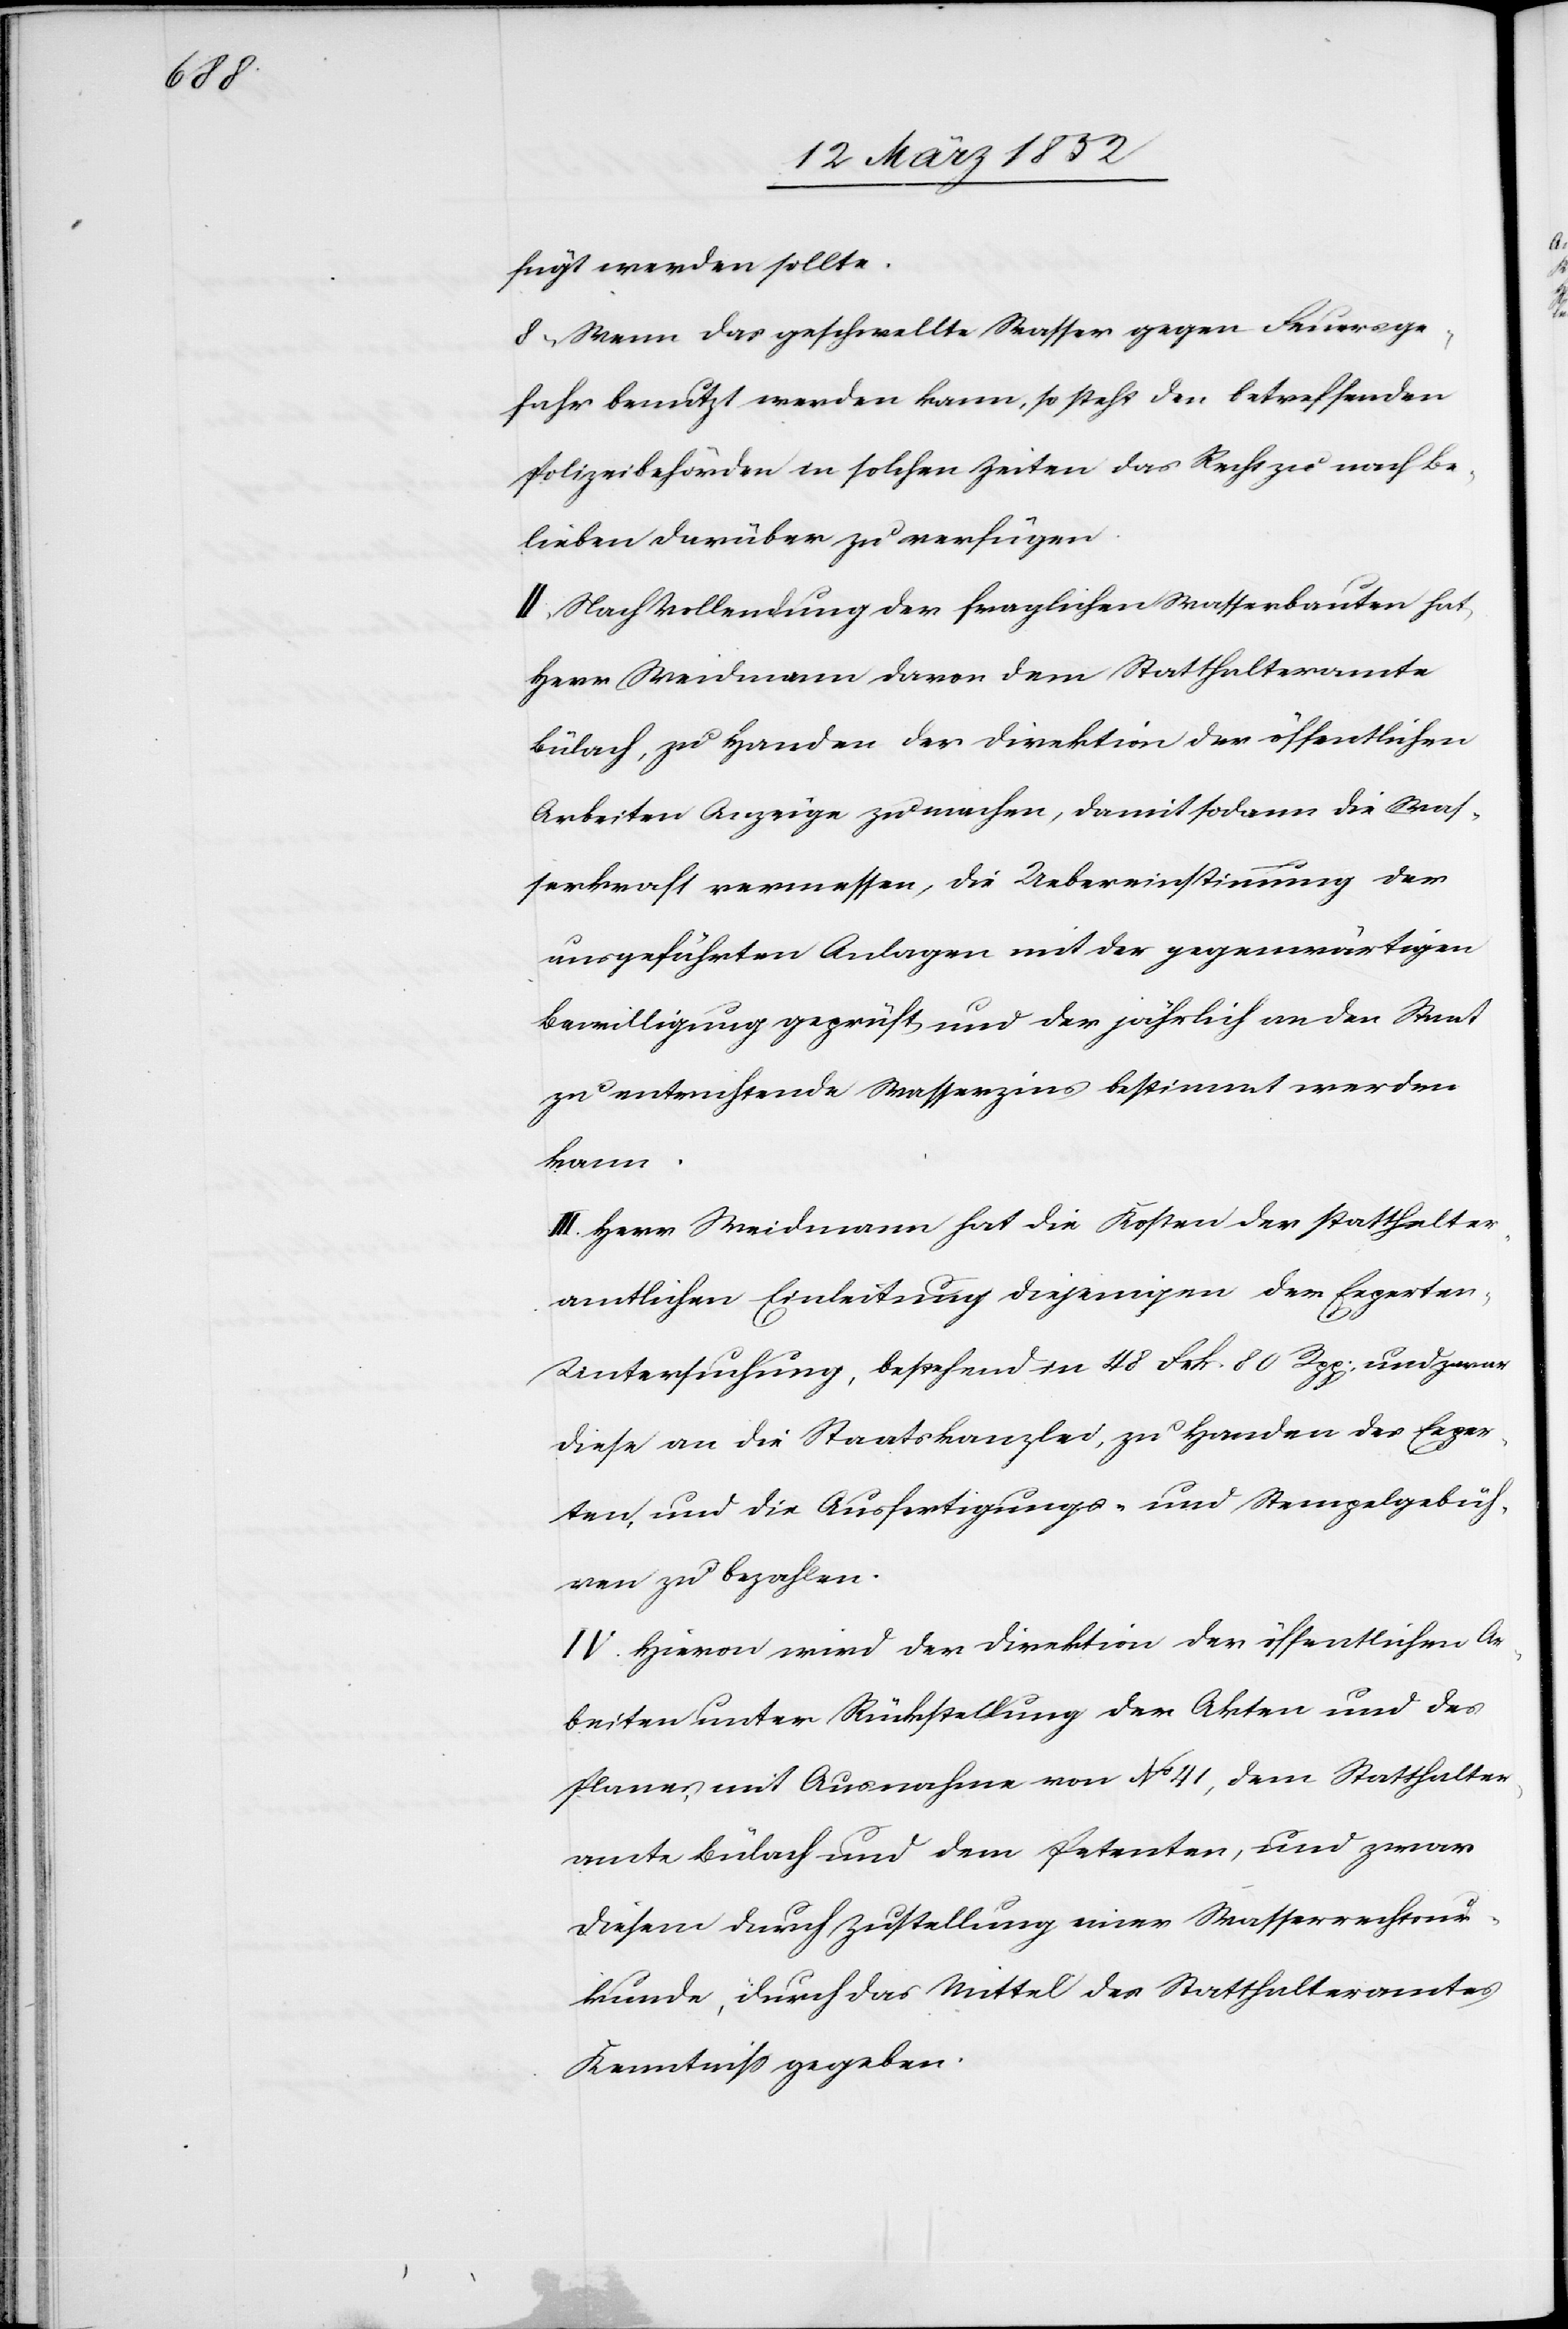
fügt werden sollte.
8.) Wenn das geschwellte Wasser gegen Feuerge¬
fahr benutzt werden kann, so steht den betreffenden
Polizeibehörden in solchen Zeiten das Recht zu nach Be¬
lieben darüber zu verfügen.
II. Nach Vollendung der fraglichen Wasserbauten hat
Herr Weidmann davon dem Statthalteramte
Bülach, zu Handen der Direktion der öffentlichen
Arbeiten Anzeige zu machen, damit sodann die Was¬
serkraft vermessen, die Uebereinstimmung der
ausgeführten Anlagen mit der gegenwärtigen
Bewilligung geprüft und der jährlich an den Staat
zu entrichtende Wasserzins bestimmt werden
kann.
III. Herr Weidmann hat die Kosten der statthalter¬
amtlichen Einleitung diejenigen der Experte¬
n-Untersuchung, bestehend in 48 Frk. 80 Rpp. und zwar
diese an die Staatskanzlei, zu Handen des Exper¬
ten, und die Ausfertigungs- und Stempelgebüh¬
ren zu bezahlen.
IV. Hievon wird der Direktion der öffentlichen Ar¬
beiten unter Rückstellung der Akten und des
Planes mit Ausnahme von No 41, dem Statthalter¬
amte Bülach und dem Petenten, und zwar
diesem durch Zustellung einer Wasserrechtsur¬
kunde, durch das Mittel des Statthalteramtes
Kenntniß gegeben.